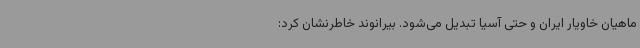
ماهیان خاویار ایران و حتی آسیا تبدیل می‌شود. بیرانوند خاطرنشان کرد: